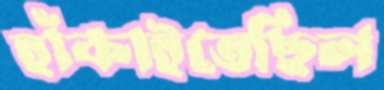
হাঁকাইতেছিল